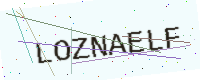
Text: LOZNAELF